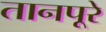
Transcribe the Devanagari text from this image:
तानपूरे